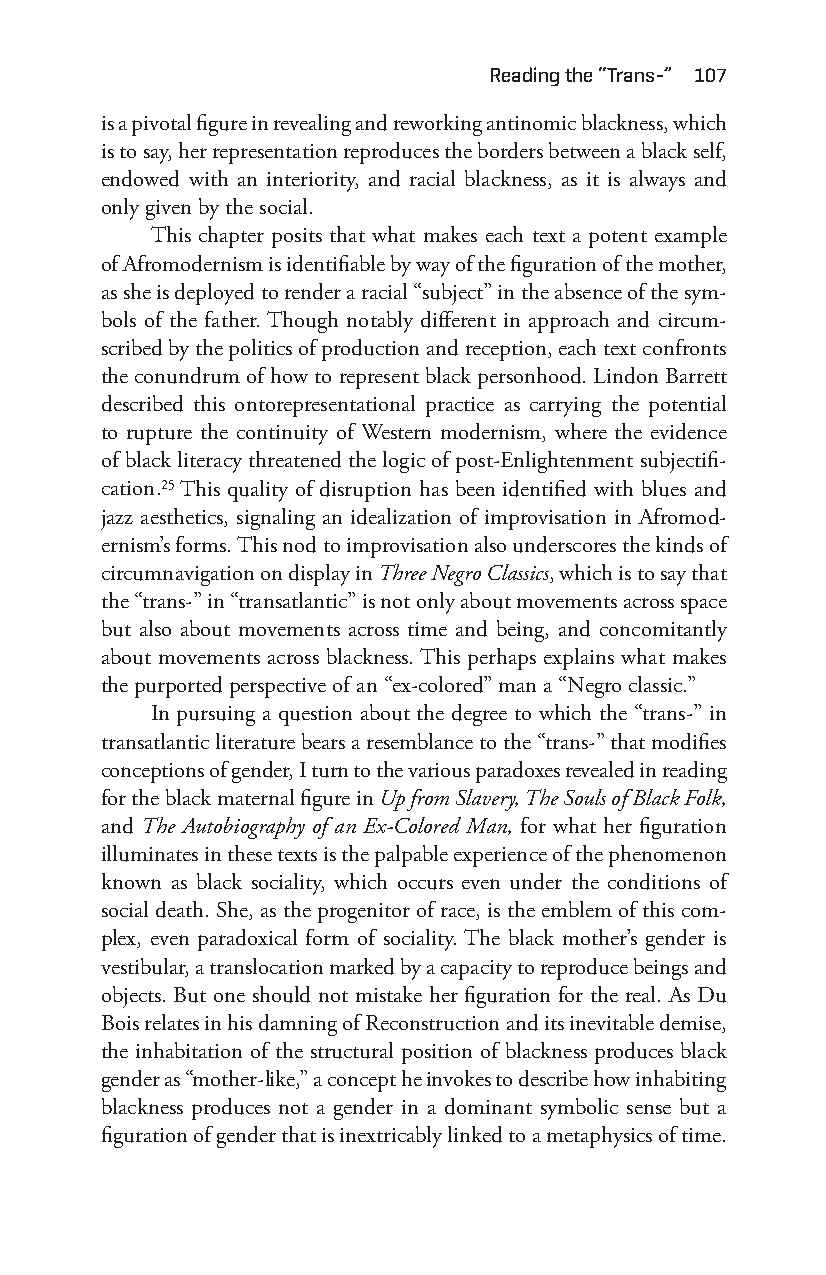
reading the “trans-” 107
 is a pivotal figure in revealing and reworking antinomic blackness, which
 is to say, her representation reproduces the borders between a black self,
 endowed with an interiority, and racial blackness, as it is always and
 only given by the social.
 This chapter posits that what makes each text a potent example
 of Afromodernism is identifiable by way of the figuration of the mother,
 as she is deployed to render a racial “subject” in the absence of the sym-
 bols of the father. Though notably different in approach and circum-
 scribed by the politics of production and reception, each text confronts
 the conundrum of how to represent black personhood. Lindon Barrett
 described this ontorepresentational practice as carrying the potential
 to rupture the continuity of Western modernism, where the evidence
 of black literacy threatened the logic of post- Enlightenment subjectifi-
 cation.25 This quality of disruption has been identified with blues and
 jazz aesthetics, signaling an idealization of improvisation in Afromod-
 ernism’s forms. This nod to improvisation also underscores the kinds of
 circumnavigation on display in Three Negro Classics, which is to say that
 the “trans- ” in “transatlantic” is not only about movements across space
 but also about movements across time and being, and concomitantly
 about movements across blackness. This perhaps explains what makes
 the purported perspective of an “ex- colored” man a “Negro classic.”
 In pursuing a question about the degree to which the “trans- ” in
 transatlantic literature bears a resemblance to the “trans-” that modifies
 conceptions of gender, I turn to the various paradoxes revealed in reading
 for the black maternal figure in Up from Slavery, The Souls of Black Folk,
 and The Autobiography of an Ex- Colored Man, for what her figuration
 illuminates in these texts is the palpable experience of the phenomenon
 known as black sociality, which occurs even under the conditions of
 social death. She, as the progenitor of race, is the emblem of this com-
 plex, even paradoxical form of sociality. The black mother’s gender is
 vestibular, a translocation marked by a capacity to reproduce beings and
 objects. But one should not mistake her figuration for the real. As Du
 Bois relates in his damning of Reconstruction and its inevitable demise,
 the inhabitation of the structural position of blackness produces black
 gender as “mother- like,” a concept he invokes to describe how inhabiting
 blackness produces not a gender in a dominant symbolic sense but a
 figuration of gender that is inextricably linked to a metaphysics of time.
 Snorton.indd 107                            29/09/2017 8:41:03 AM